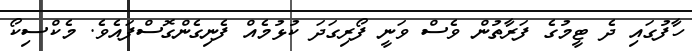
ހާފުގައި ދެ ޓީމުގެ ފަރާތުން ވެސް ވަނީ ފޯރިގަދަ ކުޅުމެއް ފެނިގެންގޮސްފައެވެ. މެކްސިކޯ